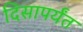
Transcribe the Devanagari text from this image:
दिसापर्यंत